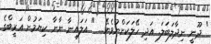
" ދޫނީ ނިދާލަބަލަ. އަދި ހޭލަކަށްނުވެޔޭ... " އަލައިނާ ނާނާ ކިޔަމުން އަރީބްގެ